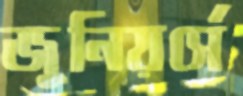
জুনিয়র্সে